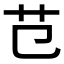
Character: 𦫾